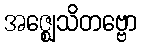
အဇ္ဈေသိတဗ္ဗော